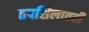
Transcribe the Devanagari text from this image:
तपशिलातही